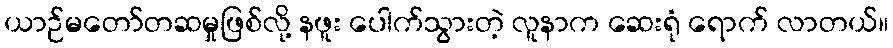
ယာဉ်မတော်တဆမှုဖြစ်လို့ နဖူး ပေါက်သွားတဲ့ လူနာက ဆေးရုံ ရောက် လာတယ်။